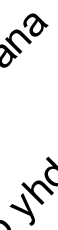
y a